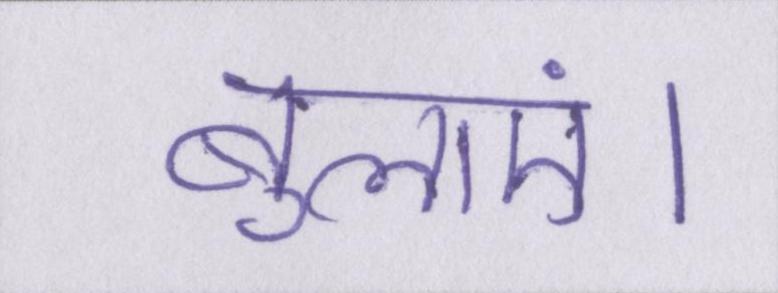
बुलाएं।